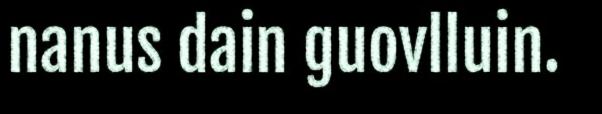
nanus dain guovlluin.